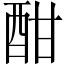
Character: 酣